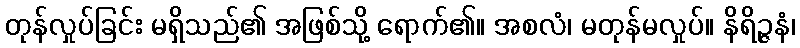
တုန်လှုပ်ခြင်း မရှိသည်၏ အဖြစ်သို့ ရောက်၏။ အစလံ၊ မတုန်မလှုပ်။ နိရိဉ္ဇနံ၊